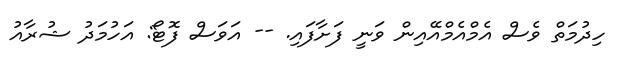
ހިދުމަތް ވެސް އެމްއެމްއޭއިން ވަނީ ފަށާފައި. -- އަވަސް ފޮޓޯ: އަހުމަދު ޝުރާއު